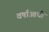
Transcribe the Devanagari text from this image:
वर्षाआधी